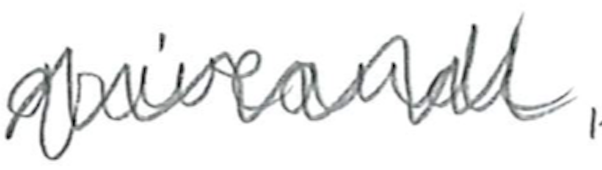
Text: griveaudi,
Cross-out: zig-zag
Writing tool: pencil